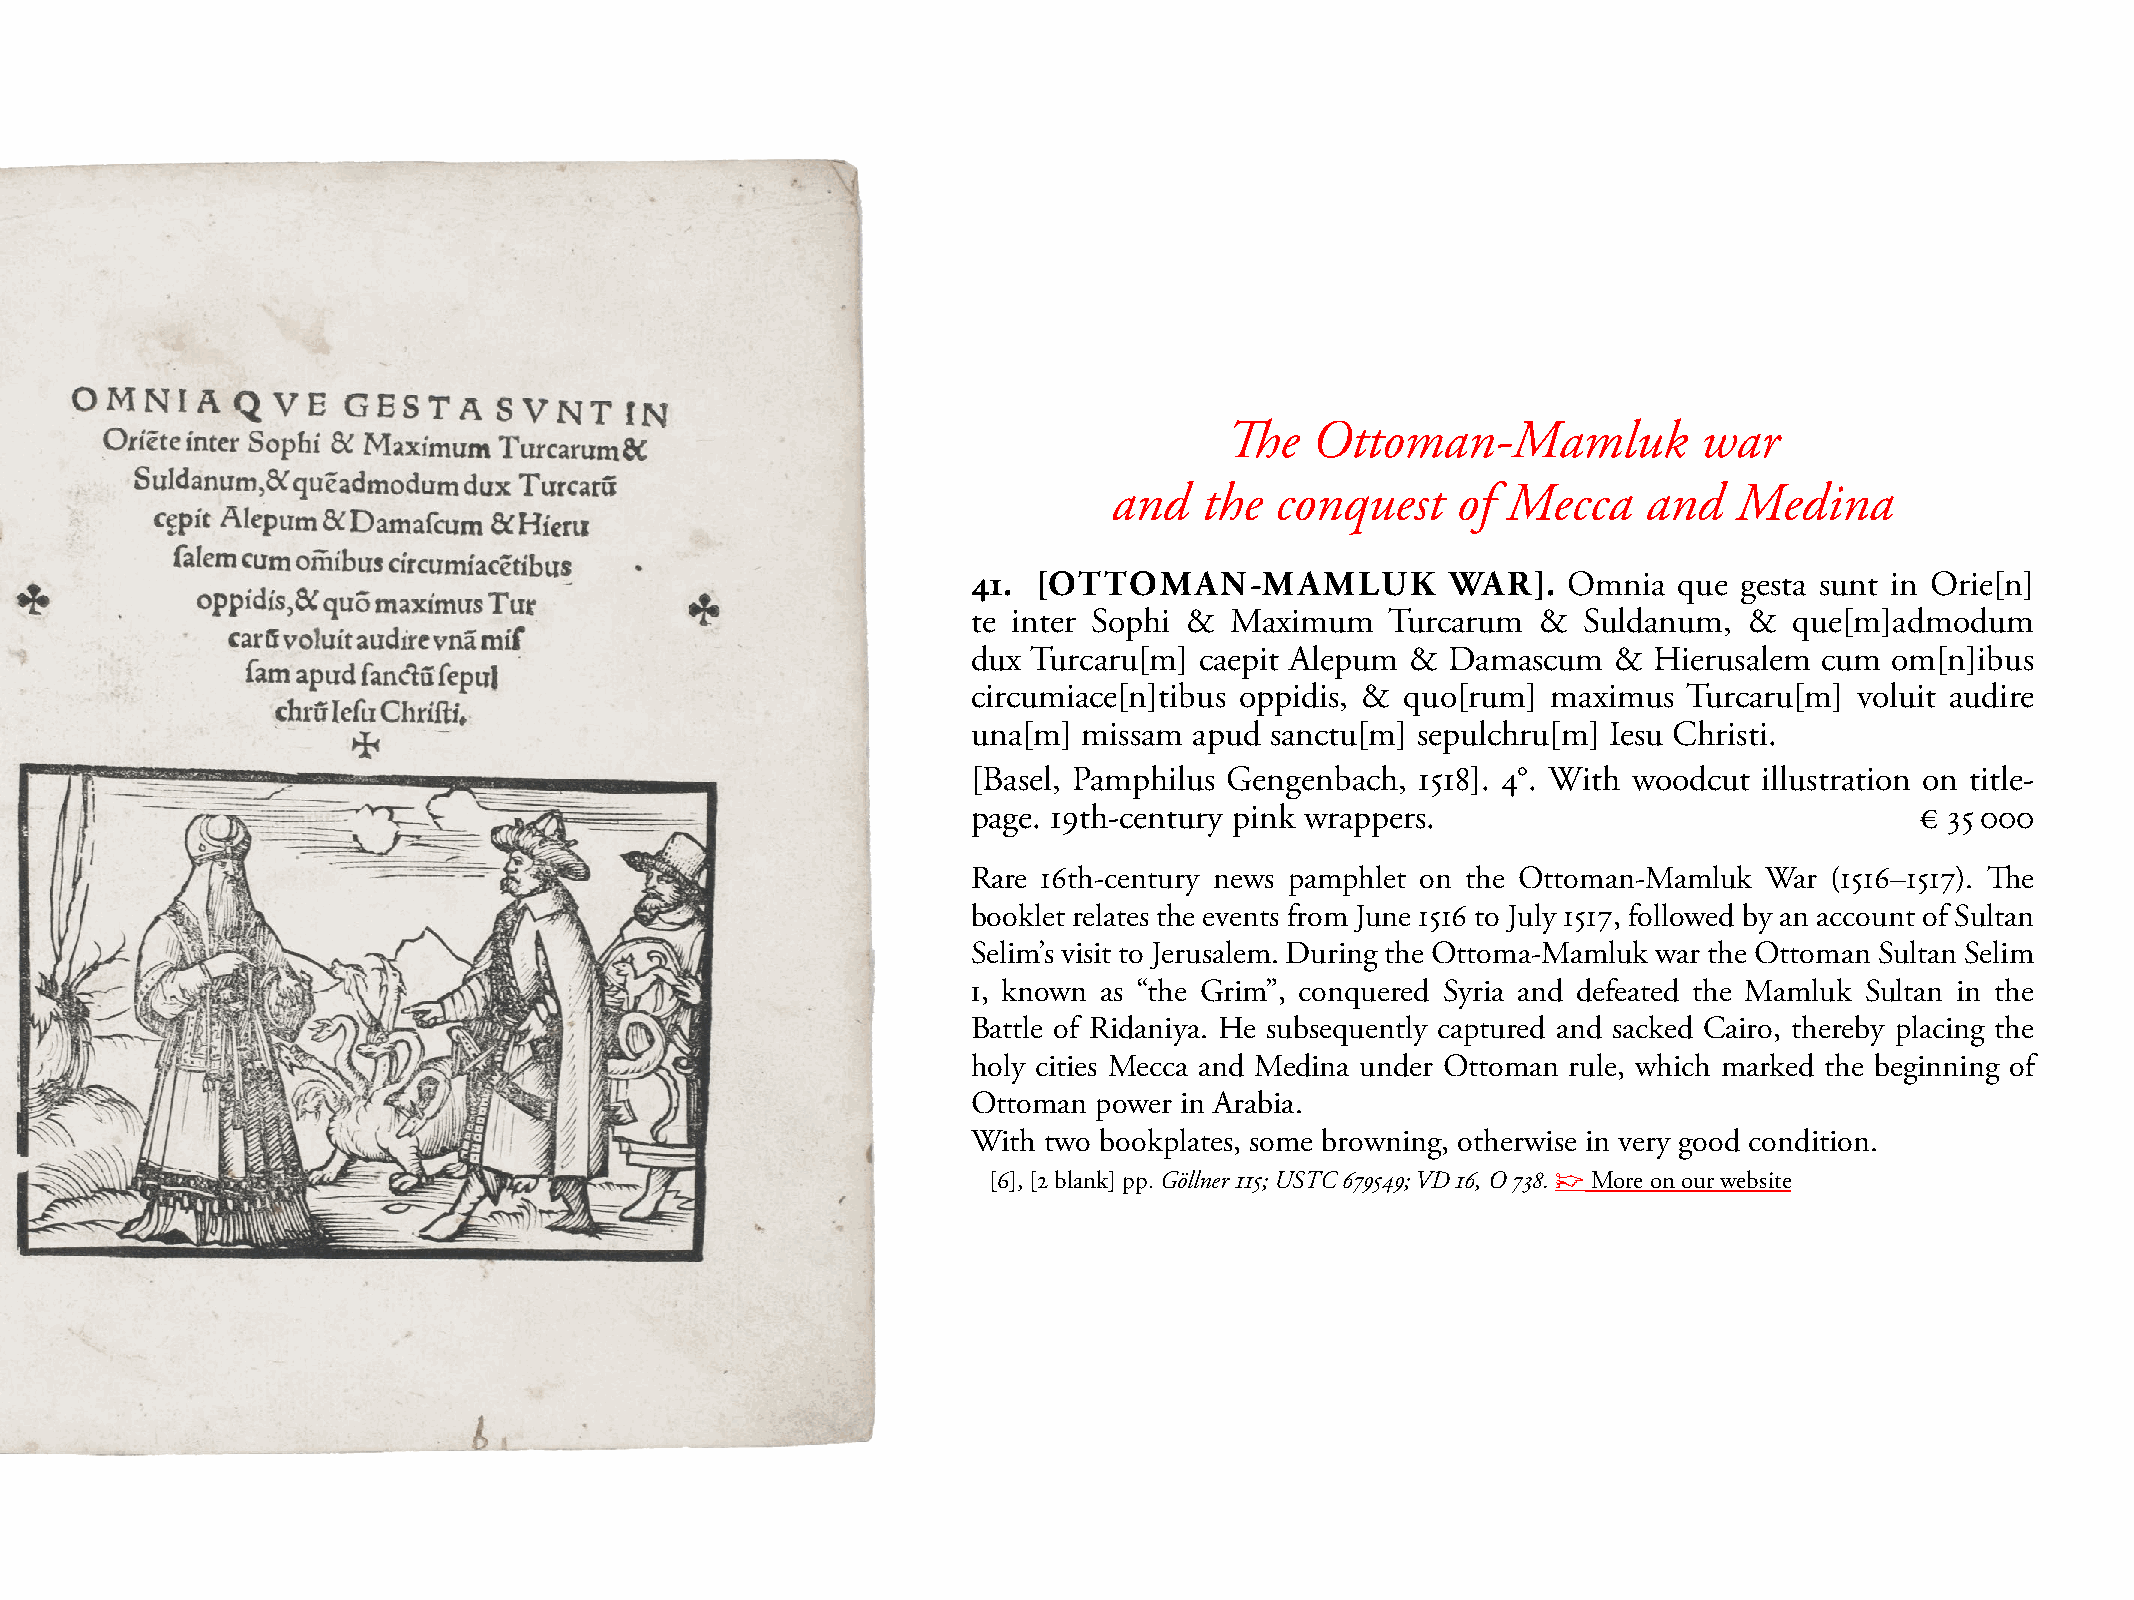
The   Ottoman-Mamluk            war
 and   the conquest    of  Mecca    and   Medina
 41.  [OTTOMAN-MAMLUK            WAR].   Omnia  que gesta sunt in Orie[n]
 te inter sophi & maximum    Turcarum  &  suldanum,  &  que[m]admodum
 dux Turcaru[m] caepit Alepum &  Damascum   & Hierusalem  cum om[n]ibus
 circumiace[n]tibus oppidis, & quo[rum] maximus  Turcaru[m] voluit audire
 una[m]  missam apud sanctu[m] sepulchru[m] Iesu Christi.
 [Basel, Pamphilus Gengenbach, 1518]. 4°. With woodcut illustration on title-
 page. 19th-century pink wrappers.                              € 35 000
 Rare 16th-century news pamphlet on the Ottoman-mamluk War (1516–1517). The
 booklet relates the events from June 1516 to July 1517, followed by an account of sultan
 selim’s visit to Jerusalem. During the Ottoma-mamluk war the Ottoman sultan selim
 I, known as “the Grim”, conquered syria and defeated the mamluk sultan in the
 Battle of Ridaniya. He subsequently captured and sacked Cairo, thereby placing the
 holy cities mecca and medina under Ottoman rule, which marked the beginning of
 Ottoman power in Arabia.
 With two bookplates, some browning, otherwise in very good condition.
 [6], [2 blank] pp. Göllner 115; USTC 679549; VD 16, O 738. ☞ more on our website